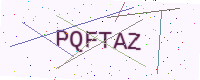
Text: PQFTAZ